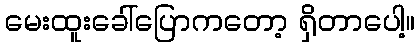
မေးထူးခေါ်ပြောကတော့ ရှိတာပေါ့။